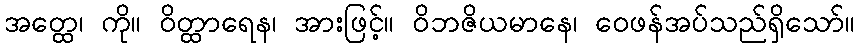
အတ္ထေ၊ ကို။ ဝိတ္ထာရေန၊ အားဖြင့်။ ဝိဘဇိယမာနေ၊ ဝေဖန်အပ်သည်ရှိသော်။